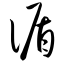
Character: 循